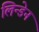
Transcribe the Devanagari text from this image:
लिन्डेन